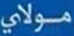
مولاي